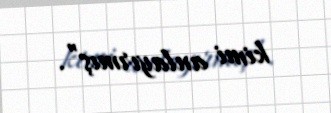
kimi anlayırmış”.